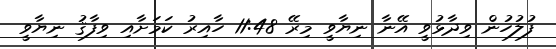
ފުލުހުން ވިދާޅުވީ އޭނާ ނިޔާވީ މިރޭ 11:48 ހާއިރު ކަމަށާއި ވިފާޤު ނިޔާވީ